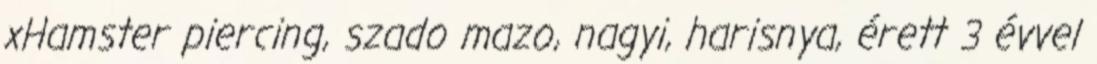
xHamster piercing, szado mazo, nagyi, harisnya, érett 3 évvel